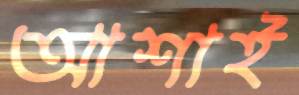
আশাই